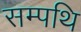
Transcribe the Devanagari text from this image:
सम्पथि